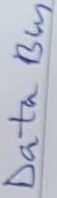
Text: Data Bus